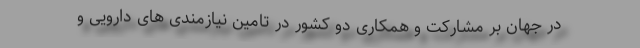
در جهان بر مشارکت و همکاری دو کشور در تامین نیازمندی های دارویی و